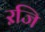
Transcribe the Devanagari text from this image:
ऱजि